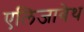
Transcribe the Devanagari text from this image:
एलिजावेथ